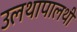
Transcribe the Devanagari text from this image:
उलथापालथी